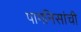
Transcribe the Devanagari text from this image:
पागनिसांची